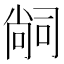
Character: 𭉢